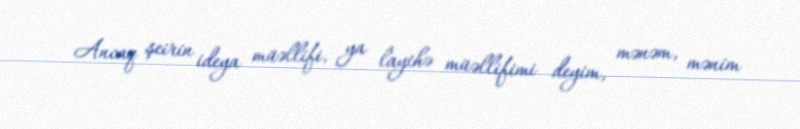
Ancaq şeirin ideya müəllifi, ya layihə müəllifimi deyim, mənəm, mənim